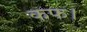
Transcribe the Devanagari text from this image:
कफ।